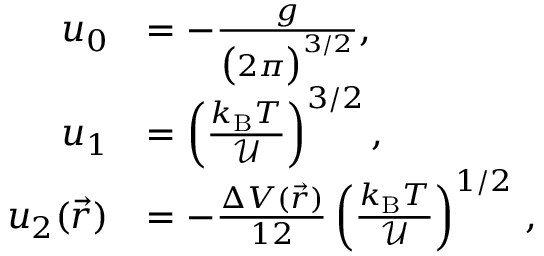
\begin{array} { r l } { u _ { 0 } } & { = - \frac { g } { \big ( 2 \pi \big ) ^ { 3 / 2 } } , } \\ { u _ { 1 } } & { = \left( \frac { k _ { \mathrm { B } } T } { { \mathcal U } } \right) ^ { 3 / 2 } , } \\ { u _ { 2 } ( \vec { r } ) } & { = - \frac { \Delta V ( \vec { r } ) } { 1 2 } \left( \frac { k _ { \mathrm { B } } T } { { \mathcal U } } \right) ^ { 1 / 2 } \, , } \end{array}